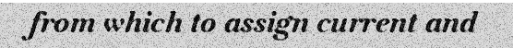
from which to assign current and